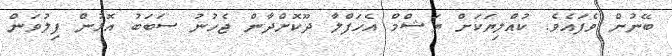
ބޭނުން ވެފައެވެ. ކުއްލިޔަކަށް ޔަޝްމް އެހަފްލާ ދޫކޮށްދާން ޖެހުނު ސަބަބު އޮޅުން ފިލުވަން